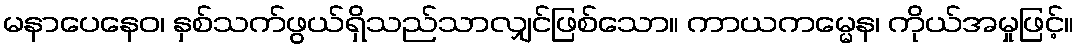
မနာပေနေဝ၊ နှစ်သက်ဖွယ်ရှိသည်သာလျှင်ဖြစ်သော။ ကာယကမ္မေန၊ ကိုယ်အမှုဖြင့်။